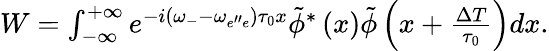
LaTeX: \begin{array}{r}{W=\int_{-\infty}^{+\infty}e^{-i(\omega_{-}-\omega_{e^{\prime\prime}e})\tau_{0}x}\tilde{\phi}^{*}\left(x\right)\tilde{\phi}\left(x+\frac{\Delta T}{\tau_{0}}\right)dx.}\end{array}